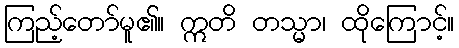
ကြည့်တော်မူ၏။ ဣတိ တသ္မာ၊ ထိုကြောင့်။